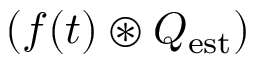
( f ( t ) \circledast Q _ { \mathrm { e s t } } )